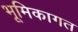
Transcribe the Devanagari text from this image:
भूमिकागत